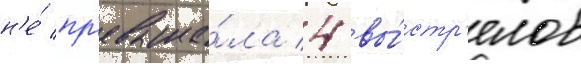
н'е́ пр'евыша́ла 4 вы́стр'елов